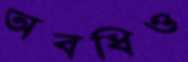
অবধিও